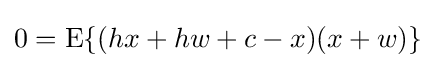
0=\operatorname {E} \{(hx+hw+c-x)(x+w)\}